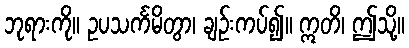
ဘုရားကို။ ဥပသင်္ကမိတွာ၊ ချဉ်းကပ်၍။ ဣတိ၊ ဤသို့။